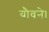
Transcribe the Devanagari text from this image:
यौवने।